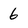
Character: 6